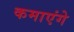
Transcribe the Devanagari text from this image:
कमाएंगे